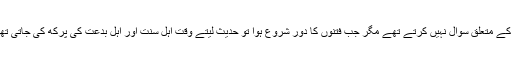
امام ابن سیرین فرماتے ہیں کہ صحابہ و تابعین اِسناد کے متعلق سوال نہیں کرتے تھے مگر جب فتنوں کا دور شروع ہوا تو حدیث لیتے وقت اَہلِ سنت اور اَہلِ بدعت کی پرکھ کی جاتی تھی اور اَہلِ بدعت کی روایات ترک کر دی جاتی تھیں۔